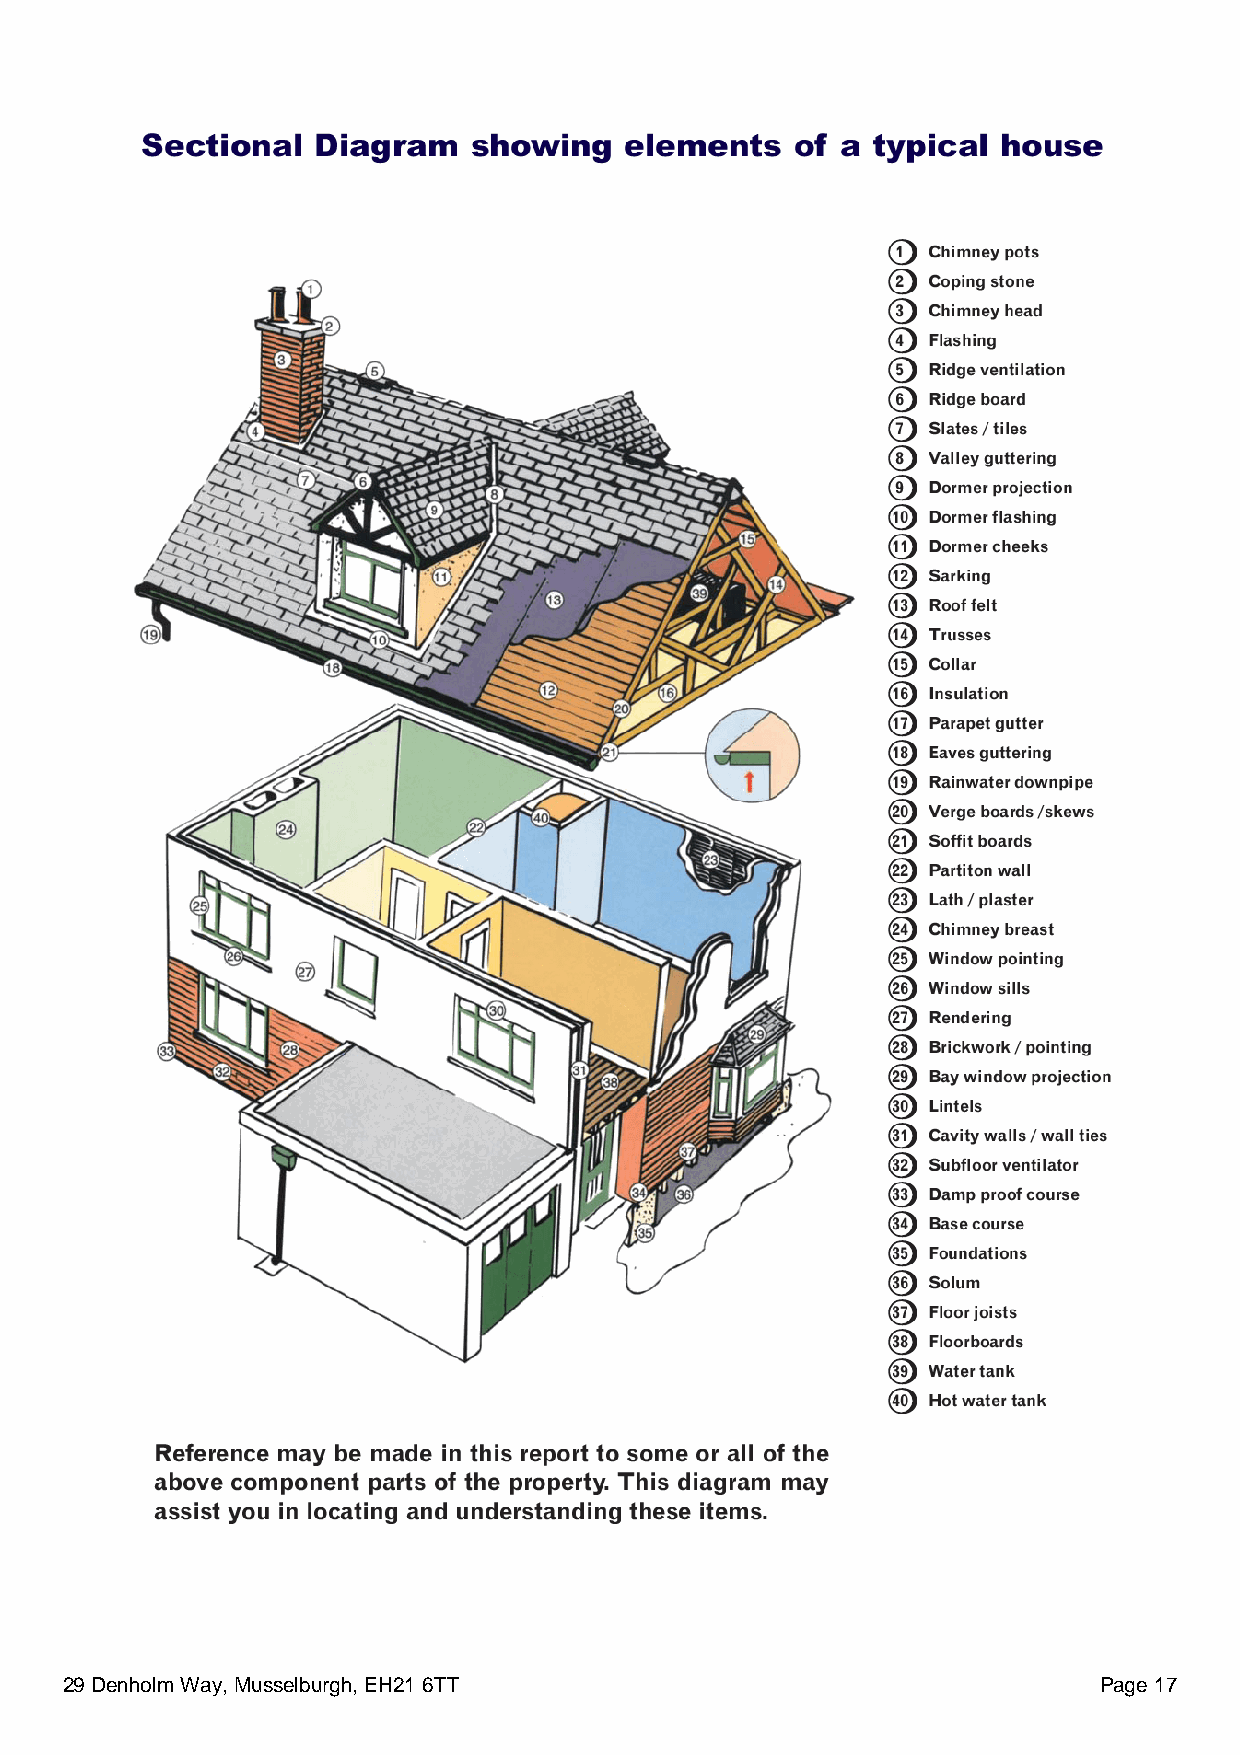
29 Denholm Way, Musselburgh, EH21 6TT                                Page 17